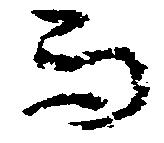
而